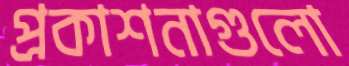
প্রকাশনাগুলো